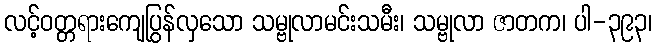
လင့်ဝတ္တရားကျေပြွန်လှသော သမ္ဗုလာမင်းသမီး၊ သမ္ဗုလာ ဇာတက၊ ပါ-၃၉၃၊